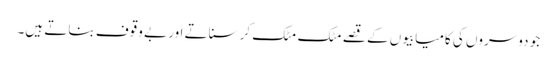
جو دوسروں کی کامیابیوں کے قصے مٹک مٹک کر سناتے اور بے وقوف بناتے ہیں۔